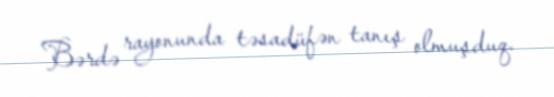
Bərdə rayonunda təsadüfən tanış olmuşduq.